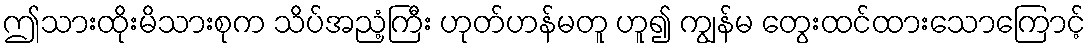
ဤသားထိုးမိသားစုက သိပ်အညံ့ကြီး ဟုတ်ဟန်မတူ ဟူ၍ ကျွန်မ တွေးထင်ထားသောကြောင့်